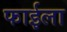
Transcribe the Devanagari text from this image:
फाईला